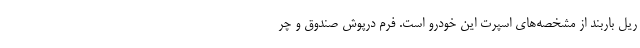
ریل باربند از مشخصه‌های اسپرت این خودرو است. فرم درپوش صندوق و چر